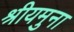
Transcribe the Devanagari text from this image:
श्रीयमुना